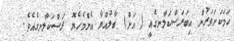
ހަމަކަށަވަރުން އިބަރަސްކަލާނގެއީ ( އަށް) ބާލުއްވާ އެންމެހެޔޮ ރަސްކަލާނގެއެވެ.